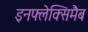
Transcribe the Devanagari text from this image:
इनफ्लेक्सिमैब